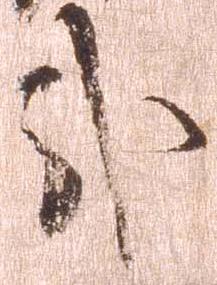
哉